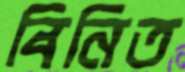
বিনিত